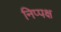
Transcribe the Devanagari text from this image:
निप्पक्ष